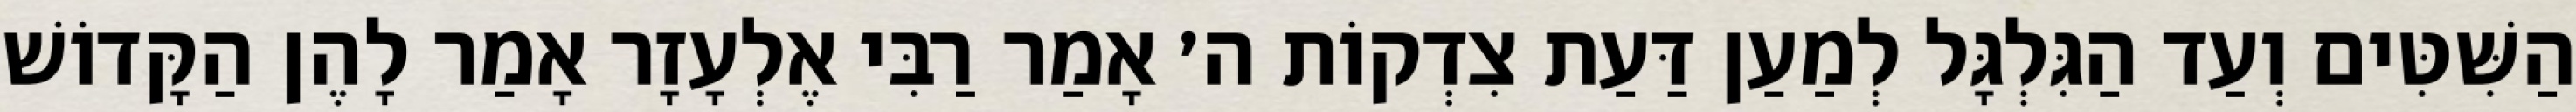
הַשִּׁטִּים וְעַד הַגִּלְגָּל לְמַעַן דַּעַת צִדְקוֹת ה׳ אָמַר רַבִּי אֶלְעָזָר אָמַר לָהֶן הַקָּדוֹשׁ